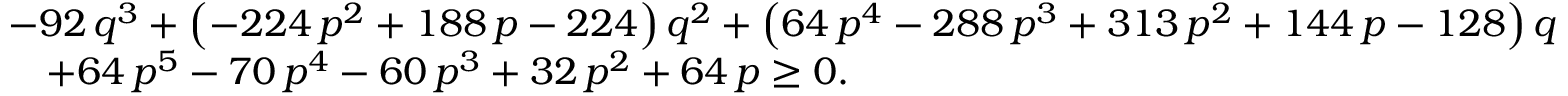
\begin{array} { r l } & { - 9 2 \, { q } ^ { 3 } + \left( - 2 2 4 \, { p } ^ { 2 } + 1 8 8 \, p - 2 2 4 \right) { q } ^ { 2 } + \left( 6 4 \, { p } ^ { 4 } - 2 8 8 \, { p } ^ { 3 } + 3 1 3 \, { p } ^ { 2 } + 1 4 4 \, p - 1 2 8 \right) q } \\ & { \quad + 6 4 \, { p } ^ { 5 } - 7 0 \, { p } ^ { 4 } - 6 0 \, { p } ^ { 3 } + 3 2 \, { p } ^ { 2 } + 6 4 \, p \ge 0 . } \end{array}